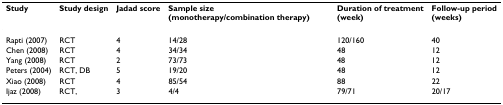
<table><thead><tr><td><b>Study</b></td><td><b>Study design</b></td><td><b>Jadad score</b></td><td><b>Sample size (monotherapy/combination therapy)</b></td><td><b>Duration of treatment(week)</b></td><td><b>Follow-up period(weeks)</b></td></tr></thead><tbody><tr><td>Rapti (2007)</td><td>RCT</td><td>4</td><td>14/28</td><td>120/160</td><td>40</td></tr><tr><td>Chen (2008)</td><td>RCT</td><td>4</td><td>34/34</td><td>48</td><td>12</td></tr><tr><td>Yang (2008)</td><td>RCT</td><td>2</td><td>73/73</td><td>48</td><td>12</td></tr><tr><td>Peters (2004)</td><td>RCT, DB</td><td>5</td><td>19/20</td><td>48</td><td>12</td></tr><tr><td>Xiao (2008)</td><td>RCT</td><td>4</td><td>85/54</td><td>88</td><td>22</td></tr><tr><td>Ijaz (2008)</td><td>RCT,</td><td>3</td><td>4/4</td><td>79/71</td><td>20/17</td></tr></tbody></table>